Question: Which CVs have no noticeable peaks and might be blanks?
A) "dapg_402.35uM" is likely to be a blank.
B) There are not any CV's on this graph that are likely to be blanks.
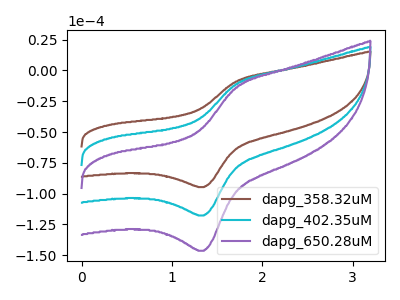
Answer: <think>The brown curve "dapg_358.32uM" has an anodic peak at (1.70V, -9.00uA) and a cathodic peak at (1.35V, -94.75uA). The cyan curve "dapg_402.35uM" has an anodic peak at (1.70V, -11.20uA) and a cathodic peak at (1.35V, -117.80uA). The purple curve "dapg_650.28uM" has an anodic peak at (1.70V, -22.35uA) and a cathodic peak at (1.35V, -235.55uA).</think>
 <answer>B) There are not any CV's on this graph that are likely to be blanks.</answer>
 <eval>B</eval>